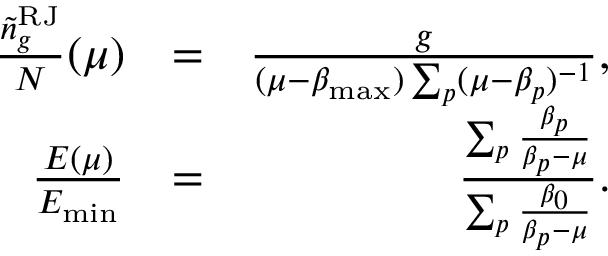
\begin{array} { r l r } { \frac { { \tilde { n } } _ { g } ^ { \mathrm { R J } } } { N } ( \mu ) } & { = } & { \frac { g } { ( \mu - \beta _ { \mathrm { m a x } } ) \sum _ { p } ( \mu - \beta _ { p } ) ^ { - 1 } } , } \\ { \frac { E ( \mu ) } { E _ { \mathrm { m i n } } } } & { = } & { \frac { \sum _ { p } \frac { \beta _ { p } } { \beta _ { p } - \mu } } { \sum _ { p } \frac { \beta _ { 0 } } { \beta _ { p } - \mu } } . } \end{array}